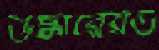
উদ্ধারেরও